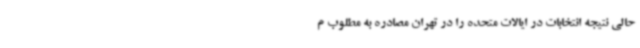
حالی نتیجه انتخابات در ایالات متحده را در تهران مصادره به مطلوب م